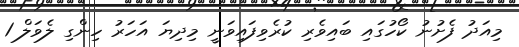
މިއަދު ފެށުނު ކޯހުގައި ބައިވެރި ކުރެވިފައިވަނީ މިދިޔަ އަހަރު ހިންގި ލެވަލް 1